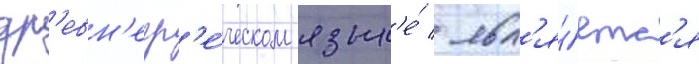
др'евн'егр'е́ческом язык'е́ / явл'я́етс'я